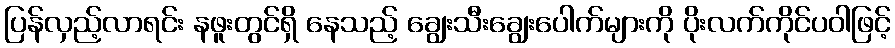
ပြန်လှည့်လာရင်း နဖူးတွင်ရှိ နေသည့် ချွေးသီးချွေးပေါက်များကို ပိုးလက်ကိုင်ပဝါဖြင့်